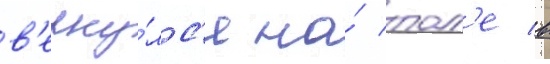
в'ерну́лс'я на́ пол'е в